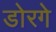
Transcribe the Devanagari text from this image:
डोरगे